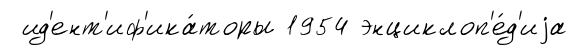
ид'ент'иф'ика́торы 1954 энциклоп'е́д'иjа